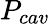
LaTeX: P_{cav}